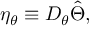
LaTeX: \eta _ { \theta } \equiv D _ { \theta } \hat { \Theta } ,